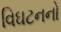
વિઘટનનો